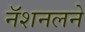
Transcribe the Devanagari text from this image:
नॅशनलने